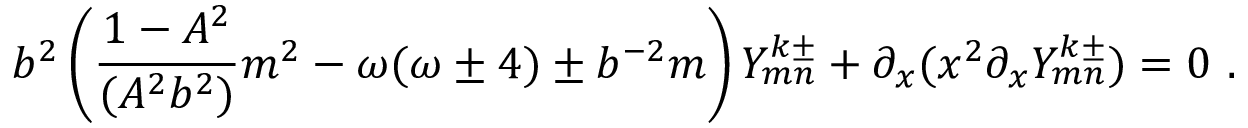
b ^ { 2 } \left( \frac { 1 - A ^ { 2 } } { ( A ^ { 2 } b ^ { 2 } ) } m ^ { 2 } - \omega ( \omega \pm 4 ) \pm b ^ { - 2 } m \right) Y _ { m n } ^ { k \pm } + \partial _ { x } ( x ^ { 2 } \partial _ { x } Y _ { m n } ^ { k \pm } ) = 0 \ .